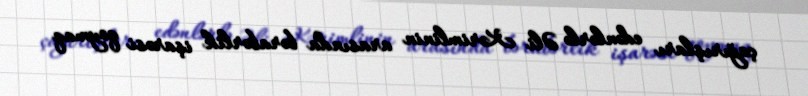
çağırışları edənlərlə Əli Kərimlinin arasında bərabərlik işarəsi qoymaq